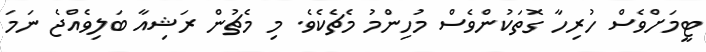
ޓީމަށްވެސް ހުރިހާ ގޮތަކުންވެސް މުހިންމު މެޗެކެވެ. މި މެޗުން ރަޝިއާ ބަލިވެއްޖެ ނަމަ